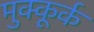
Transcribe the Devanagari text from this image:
मुक्कूर्क